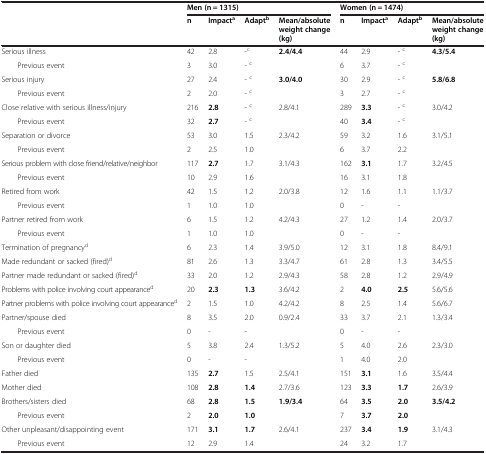
<table><thead><tr><td><b> </b></td><td colspan="4"><b>Men (n = 1315)</b></td><td colspan="4"><b>Women (n = 1474)</b></td></tr><tr><td><b> </b></td><td><b>n</b></td><td><b>Impact<sup>a</sup></b></td><td><b>Adapt<sup>b</sup></b></td><td><b>Mean/absolute weight change (kg)</b></td><td><b>n</b></td><td><b>Impact<sup>a</sup></b></td><td><b>Adapt<sup>b</sup></b></td><td><b>Mean/absolute weight change (kg)</b></td></tr></thead><tbody><tr><td>Serious illness</td><td>42</td><td>2.8</td><td>-<sup>c</sup></td><td><b>2.4/4.4</b></td><td>44</td><td>2.9</td><td>- <sup>c</sup></td><td><b>4.3/5.4</b></td></tr><tr><td>Previous event</td><td>3</td><td>3.0</td><td>- <sup>c</sup></td><td> </td><td>6</td><td>3.7</td><td>- <sup>c</sup></td><td> </td></tr><tr><td>Serious injury</td><td>27</td><td>2.4</td><td>- <sup>c</sup></td><td><b>3.0/4.0</b></td><td>30</td><td>2.9</td><td>- <sup>c</sup></td><td><b>5.8/6.8</b></td></tr><tr><td>Previous event</td><td>2</td><td>2.0</td><td>- <sup>c</sup></td><td> </td><td>3</td><td>2.7</td><td>- <sup>c</sup></td><td> </td></tr><tr><td>Close relative with serious illness/injury</td><td>216</td><td><b>2.8</b></td><td>- <sup>c</sup></td><td>2.8/4.1</td><td>289</td><td><b>3.3</b></td><td>- <sup>c</sup></td><td>3.0/4.2</td></tr><tr><td>Previous event</td><td>32</td><td><b>2.7</b></td><td>- <sup>c</sup></td><td> </td><td>40</td><td><b>3.4</b></td><td>- <sup>c</sup></td><td> </td></tr><tr><td>Separation or divorce</td><td>53</td><td>3.0</td><td>1.5</td><td>2.3/4.2</td><td>59</td><td>3.2</td><td>1.6</td><td>3.1/5.1</td></tr><tr><td>Previous event</td><td>2</td><td>2.5</td><td>1.0</td><td> </td><td>6</td><td>3.7</td><td>2.2</td><td> </td></tr><tr><td>Serious problem with close friend/relative/neighbor</td><td>117</td><td><b>2.7</b></td><td>1.7</td><td>3.1/4.3</td><td>162</td><td><b>3.1</b></td><td>1.7</td><td>3.2/4.5</td></tr><tr><td>Previous event</td><td>10</td><td>2.9</td><td>1.6</td><td> </td><td>16</td><td>3.1</td><td>1.8</td><td> </td></tr><tr><td>Retired from work</td><td>42</td><td>1.5</td><td>1.2</td><td>2.0/3.8</td><td>12</td><td>1.6</td><td>1.1</td><td>1.1/3.7</td></tr><tr><td>Previous event</td><td>1</td><td>1.0</td><td>1.0</td><td> </td><td>0</td><td>-</td><td>-</td><td> </td></tr><tr><td>Partner retired from work</td><td>6</td><td>1.5</td><td>1.2</td><td>4.2/4.3</td><td>27</td><td>1.2</td><td>1.4</td><td>2.0/3.7</td></tr><tr><td>Previous event</td><td>1</td><td>1.0</td><td>1.0</td><td> </td><td>0</td><td>-</td><td>-</td><td> </td></tr><tr><td>Termination of pregnancy<sup>d</sup></td><td>6</td><td>2.3</td><td>1.4</td><td>3.9/5.0</td><td>12</td><td>3.1</td><td>1.8</td><td>8.4/9.1</td></tr><tr><td>Made redundant or sacked (fired)<sup>d</sup></td><td>81</td><td>2.6</td><td>1.3</td><td>3.3/4.7</td><td>61</td><td>2.8</td><td>1.3</td><td>3.4/5.5</td></tr><tr><td>Partner made redundant or sacked (fired)<sup>d</sup></td><td>33</td><td>2.0</td><td>1.2</td><td>2.9/4.3</td><td>58</td><td>2.8</td><td>1.2</td><td>2.9/4.9</td></tr><tr><td>Problems with police involving court appearance<sup>d</sup></td><td>20</td><td><b>2.3</b></td><td><b>1.3</b></td><td>3.6/4.2</td><td>2</td><td><b>4.0</b></td><td><b>2.5</b></td><td>5.6/5.6</td></tr><tr><td>Partner problems with police involving court appearance<sup>d</sup></td><td>2</td><td>1.5</td><td>1.0</td><td>4.2/4.2</td><td>8</td><td>2.5</td><td>1.4</td><td>5.6/6.7</td></tr><tr><td>Partner/spouse died</td><td>8</td><td>3.5</td><td>2.0</td><td>0.9/2.4</td><td>33</td><td>3.7</td><td>2.1</td><td>1.3/3.4</td></tr><tr><td>Previous event</td><td>0</td><td>-</td><td>-</td><td> </td><td>0</td><td>-</td><td>-</td><td> </td></tr><tr><td>Son or daughter died</td><td>5</td><td>3.8</td><td>2.4</td><td>1.3/5.2</td><td>5</td><td>4.0</td><td>2.6</td><td>2.3/3.0</td></tr><tr><td>Previous event</td><td>0</td><td>-</td><td>-</td><td> </td><td>1</td><td>4.0</td><td>2.0</td><td> </td></tr><tr><td>Father died</td><td>135</td><td><b>2.7</b></td><td>1.5</td><td>2.5/4.1</td><td>151</td><td><b>3.1</b></td><td>1.6</td><td>3.5/4.4</td></tr><tr><td>Mother died</td><td>108</td><td><b>2.8</b></td><td><b>1.4</b></td><td>2.7/3.6</td><td>123</td><td><b>3.3</b></td><td><b>1.7</b></td><td>2.6/3.9</td></tr><tr><td>Brothers/sisters died</td><td>68</td><td><b>2.8</b></td><td><b>1.5</b></td><td><b>1.9/3.4</b></td><td>64</td><td><b>3.5</b></td><td><b>2.0</b></td><td><b>3.5/4.2</b></td></tr><tr><td>Previous event</td><td>2</td><td><b>2.0</b></td><td><b>1.0</b></td><td> </td><td>7</td><td><b>3.7</b></td><td><b>2.0</b></td><td> </td></tr><tr><td>Other unpleasant/disappointing event</td><td>171</td><td><b>3.1</b></td><td><b>1.7</b></td><td>2.6/4.1</td><td>237</td><td><b>3.4</b></td><td><b>1.9</b></td><td>3.1/4.3</td></tr><tr><td>Previous event</td><td>12</td><td>2.9</td><td>1.4</td><td> </td><td>24</td><td>3.2</td><td>1.7</td><td> </td></tr></tbody></table>